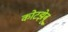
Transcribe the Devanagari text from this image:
कोटझेबू